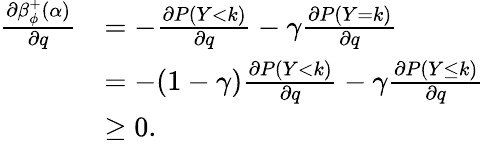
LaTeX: \begin{array}{rl}{\frac{\partial\beta_{\phi}^{+}(\alpha)}{\partial q}}&{=-\frac{\partial P(Y<k)}{\partial q}-\gamma\frac{\partial P(Y=k)}{\partial q}}\\ &{=-(1-\gamma)\frac{\partial P(Y<k)}{\partial q}-\gamma\frac{\partial P(Y\leq k)}{\partial q}}\\ &{\geq 0.}\end{array}